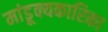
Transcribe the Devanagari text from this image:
मांडूक्यकारिका